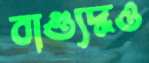
বাগ্যুদ্ধও